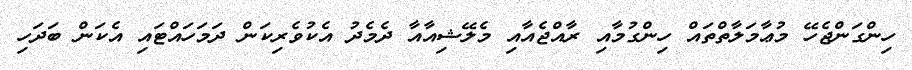
ހިންގަންޖެހޭ މުޢާމަލާތްތައް ހިންގުމާއި ރާއްޖެއާއި މެލޭޝިއާއާ ދެމެދު އެކުވެރިކަން ދަމަހައްޓައި އެކަން ބަދަހި